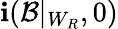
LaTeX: \mathbf{i}(\mathcal{{B}}|_{W_{R}},0)